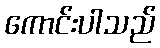
ကောင်းပါသည်